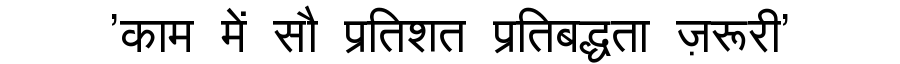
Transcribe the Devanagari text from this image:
'काम में सौ प्रतिशत प्रतिबद्धता ज़रूरी'